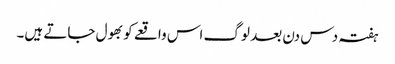
ہفتہ دس دن بعد لوگ اس واقعے کو بھول جاتے ہیں۔